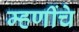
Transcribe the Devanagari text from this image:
म्हणींचे